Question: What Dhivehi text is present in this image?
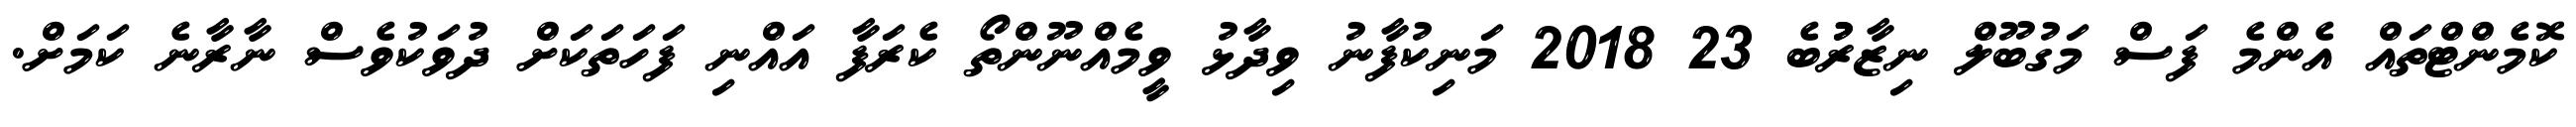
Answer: ކޮމެންޓްތައް އެންމެ ފަސް މަގުބޫލް ނިޒާރުުބެ 23 2018 މަނިކުފާނު ވިދާޅު ވީމެއްނޫންތޯ ކެރަފާ އައްނި ފަހަތަކަށް ދުވަކުވެސް ނާރާނެ ކަމަށް.